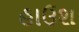
હાઉશ